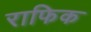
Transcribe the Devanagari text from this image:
राफिक